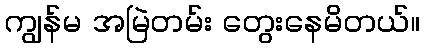
ကျွန်မ အမြဲတမ်း တွေးနေမိတယ်။